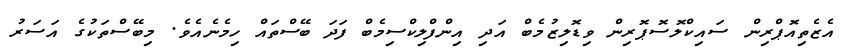
އެޒެތިއޮޕްރިން ސައިކްލޮސޮޕޮރިން ވިޑޮލިޒުމެބް އަދި އިންފްލިކްސިމެބް ފަދަ ބޭސްތައް ހިމެނެއެވެ. މިބޭސްތަކުގެ އަސަރު